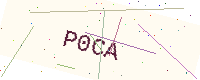
Text: P0CA